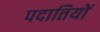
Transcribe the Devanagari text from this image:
पदातियों